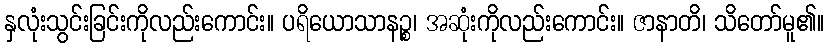
နှလုံးသွင်းခြင်းကိုလည်းကောင်း။ ပရိယောသာနဉ္စ၊ အဆုံးကိုလည်းကောင်း။ ဇာနာတိ၊ သိတော်မူ၏။